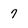
Character: 7